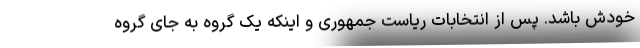
خودش باشد. پس از انتخابات ریاست جمهوری و اینکه یک گروه به جای گروه